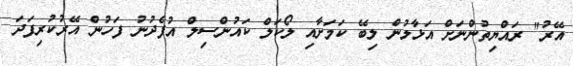
އޭރު" ރައްޔިތުންނަށް އަޅާލުން ލިބޭ ކަމަށާއި ލޯކަލް ކައުންސިލް އުފެދުނު ފަހުން އޭރުކުރިފަދަ